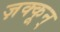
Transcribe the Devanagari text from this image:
ज़क्कून्